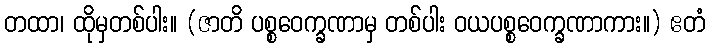
တထာ၊ ထိုမှတစ်ပါး။ (ဇာတိ ပစ္စဝေက္ခဏာမှ တစ်ပါး ဝယပစ္စဝေက္ခဏာကား။) ဧတံ